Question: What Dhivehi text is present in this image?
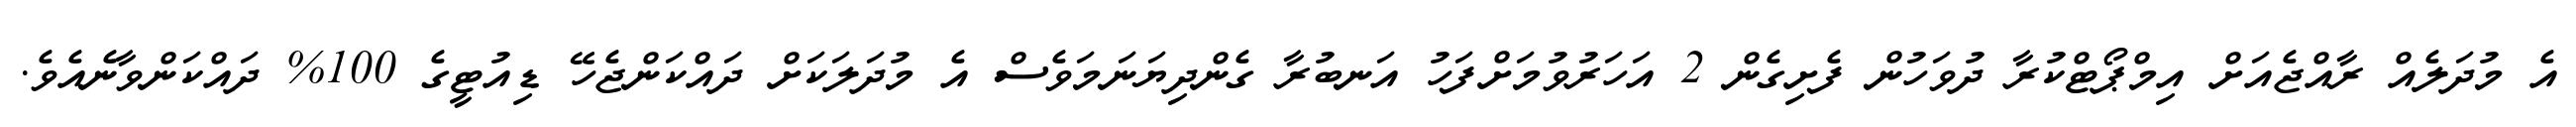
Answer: އެ މުދަލެއް ރާއްޖެއަށް އިމްޕޯޓްކުރާ ދުވަހުން ފެށިގެން 2 އަހަރުވުމަށްފަހު އަނބުރާ ގެންދިޔަނަމަވެސް އެ މުދަލަކަށް ދައްކަންޖެހޭ ޑިއުޓީގެ 100% ދައްކަންވާނެއެވެ.